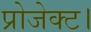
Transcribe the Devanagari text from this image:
प्रोजेक्ट।